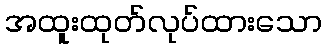
အထူးထုတ်လုပ်ထားသော